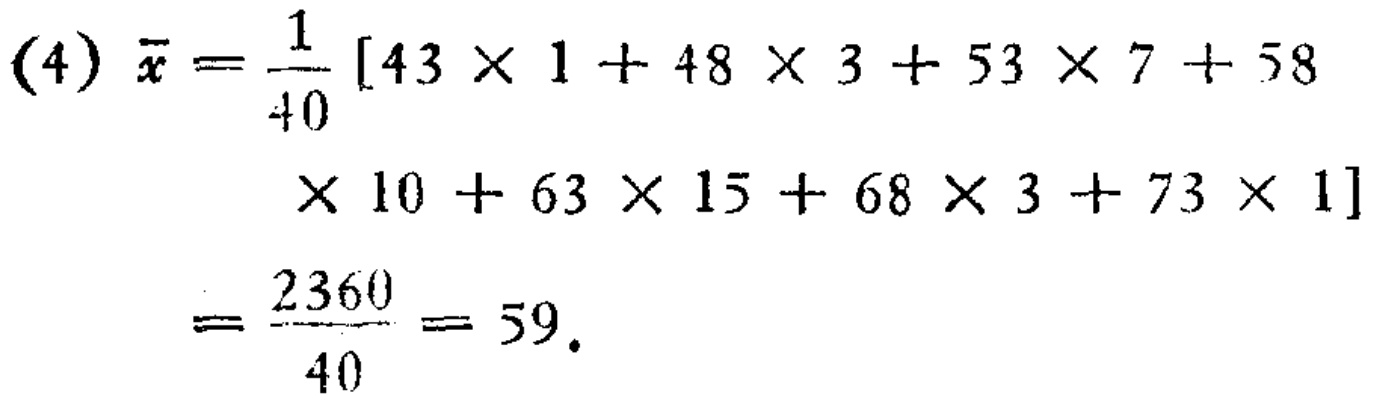
(4) \(\bar{x}=\frac{1}{40}[43\times1 + 48\times3+53\times7 + 58\times10+63\times15 + 68\times3+73\times1]=\frac{2360}{40}=59\).